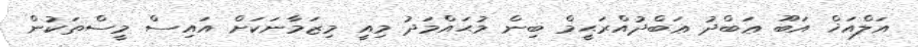
އަލްއަޚް އަބޫ ޢަބްދު ޢަބްދުއްރަޙީމް ބިން މުޙައްމަދު މިއީ މިޒަމާނަކަށް އައިސް މީސްތަކުން